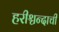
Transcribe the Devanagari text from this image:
हरीश्चन्दाची